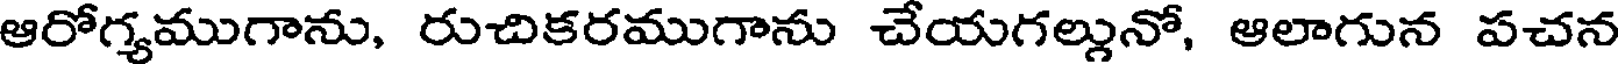
ఆరోగ్యముగాను, రుచికరముగాను చేయగల్లునో, ఆలాగున పచన